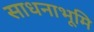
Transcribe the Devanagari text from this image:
साधनाभूमि